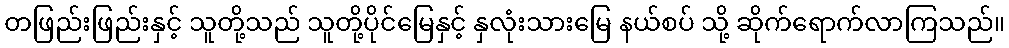
တဖြည်းဖြည်းနှင့် သူတို့သည် သူတို့ပိုင်မြေနှင့် နှလုံးသားမြေ နယ်စပ် သို့ ဆိုက်ရောက်လာကြသည်။